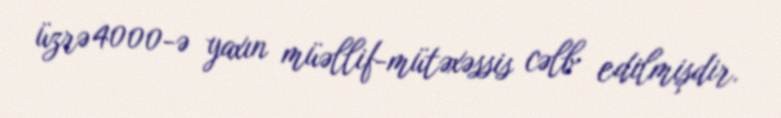
üzrə 4000-ə yaxın müəllif-mütəxəssis cəlb edilmişdir.